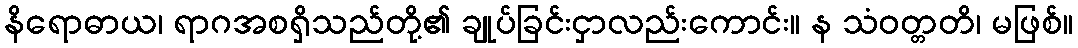
နိရောဓာယ၊ ရာဂအစရှိသည်တို့၏ ချုပ်ခြင်းငှာလည်းကောင်း။ န သံဝတ္တတိ၊ မဖြစ်။